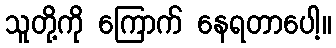
သူတို့ကို ကြောက် နေရတာပေါ့။